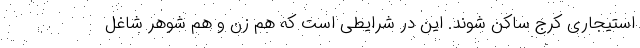
استیجاری کرج ساکن شوند. این در شرایطی است که هم زن و هم شوهر شاغل